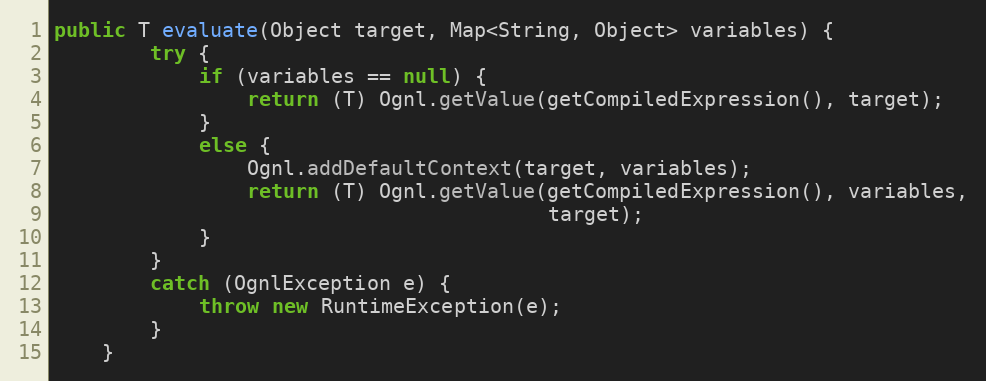
Language: Java
public T evaluate(Object target, Map<String, Object> variables) {
        try {
            if (variables == null) {
                return (T) Ognl.getValue(getCompiledExpression(), target);
            }
            else {
                Ognl.addDefaultContext(target, variables);
                return (T) Ognl.getValue(getCompiledExpression(), variables,
                                         target);
            }
        }
        catch (OgnlException e) {
            throw new RuntimeException(e);
        }
    }